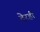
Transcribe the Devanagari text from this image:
देरही